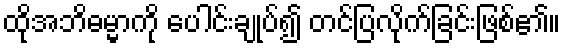
ထိုအဘိဓမ္မာကို ပေါင်းချုပ်၍ တင်ပြလိုက်ခြင်းဖြစ်၏။